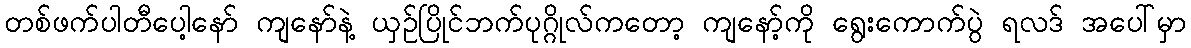
တစ်ဖက်ပါတီပေါ့နော် ကျနော်နဲ့ ယှဉ်ပြိုင်ဘက်ပုဂ္ဂိုလ်ကတော့ ကျနော့်ကို ရွေးကောက်ပွဲ ရလဒ် အပေါ်မှာ